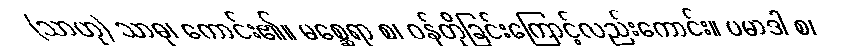
(သာဟု) သာဓု၊ ကောင်း၏။ မစ္ဆေရာ စ၊ ဝန်တိုခြင်းကြောင့်လည်းကောင်း။ ပမာဒါ စ၊